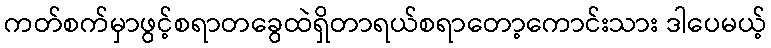
ကတ်စက်မှာဖွင့်စရာတခွေထဲရှိတာရယ်စရာတော့ကောင်းသား ဒါပေမယ့်